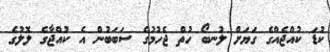
ކުޑަ ކުއްޖެއްގެ ގަޔަށް ލުނބޯ ހުތް ޖެހުމުގެ ސަބަބުން އެ ކުއްޖާގެ ލޮލުގެ